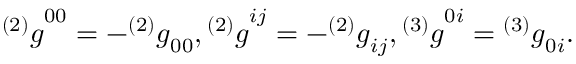
{ ^ { ( 2 ) } g } ^ { 0 0 } = - { ^ { ( 2 ) } g } _ { 0 0 } , { ^ { ( 2 ) } g } ^ { i j } = - { ^ { ( 2 ) } g } _ { i j } , { ^ { ( 3 ) } g } ^ { 0 i } = { ^ { ( 3 ) } g } _ { 0 i } .